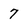
Character: 7